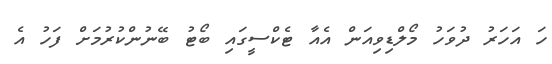
ހަ އަހަރު ދުވަހު މޯލްޑިވިއަން އެއާ ޓެކްސީގައި ބޯޓު ބޭނުންކުރުމަށް ފަހު އެ